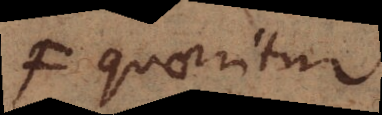
Fquoritur